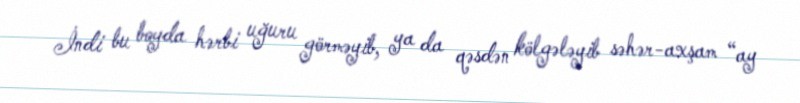
İndi bu boyda hərbi uğuru görməyib, ya da qəsdən kölgələyib səhər-axşam “ay